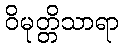
ဝိမုတ္တိသာရာ